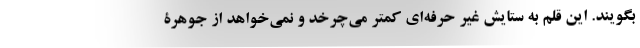
بگویند. این قلم به ستایش غیر حرفه‌ای کمتر می‌چرخد و نمی‌خواهد از جوهرۀ